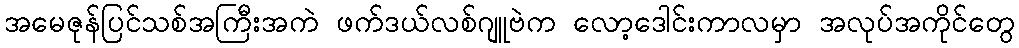
အမေဇုန်ပြင်သစ်အကြီးအကဲ ဖက်ဒယ်လစ်ဂျူဗဲက လော့ဒေါင်းကာလမှာ အလုပ်အကိုင်တွေ